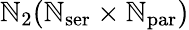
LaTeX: \mathbb{N}_{\mathrm{{2}}}(\mathbb{N}_{\mathrm{{ser}}}\times\mathbb{N}_{\mathrm{{par}}})